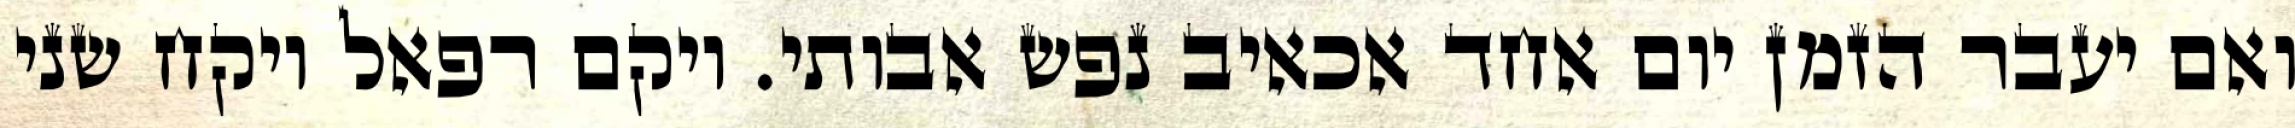
ואם יעבר הזמן יום אחד אכאיב נפש אבותי. ויקם רפאל ויקח שני